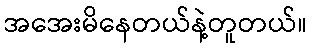
အအေးမိနေတယ်နဲ့တူတယ်။